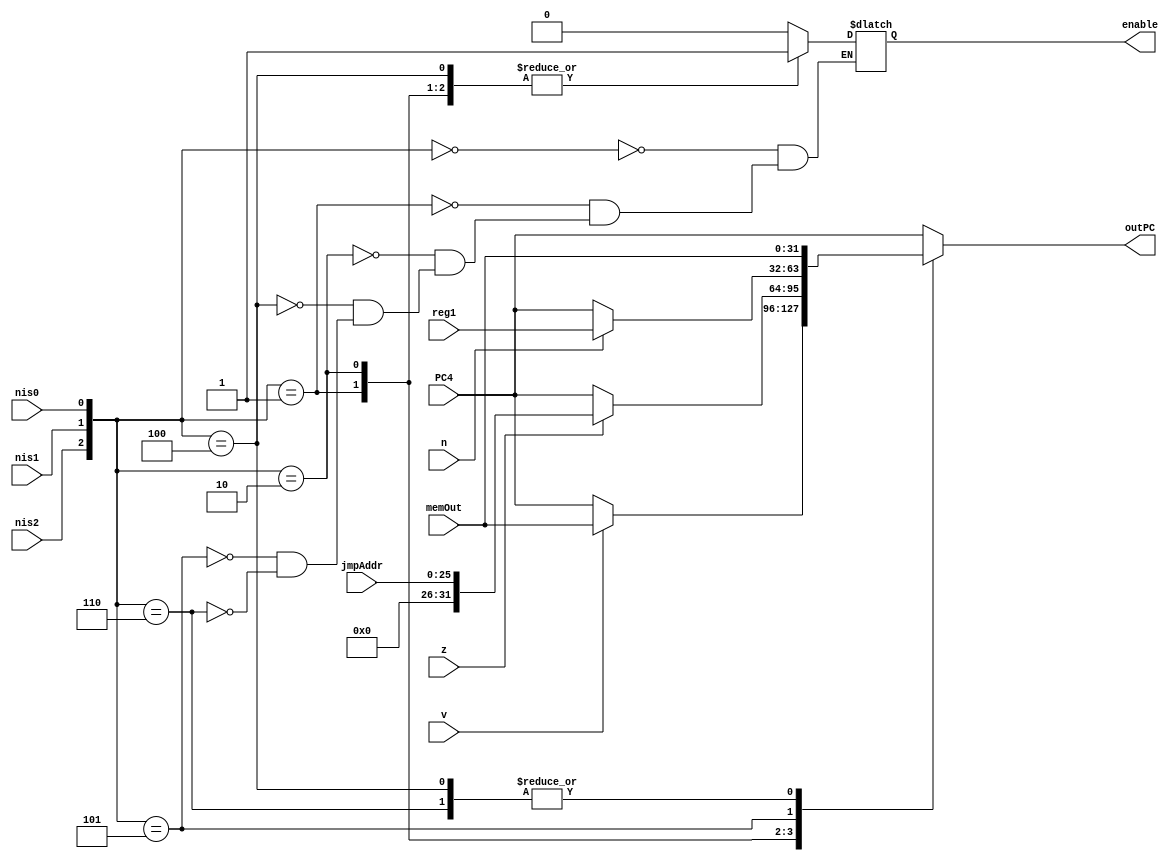
module jBrControl(outPC, enable, PC4, memOut, reg1, jmpAddr, nis0, nis1, nis2, n, z, v);
input [31:0] memOut, PC4, reg1;
input[25:0] jmpAddr;
input nis0, nis1, nis2, n, z, v;
output [31:0] outPC;
output enable;

reg [31:0] outPC;
reg enable;
wire [2:0] nis_check;

assign nis_check = {nis2, nis1, nis0};

always @ (*)
begin
	case(nis_check)
		3'b000: // no instruction go to next program counter
			begin
			outPC = PC4;
			enable = 0;
			end
		3'b001: // bmv instruction is active
			begin
			outPC = v ? memOut : PC4;
			enable = 1;
			end
		3'b010: // bz instruction is active
			begin
			outPC= z ? jmpAddr : PC4;
			enable = 1;
			end
		3'b100: // jsp instruction is active
			begin
			outPC = memOut;
			enable = 1;
			end
		3'b101: // balrn instruction is active
			begin
			outPC = n ? reg1 : PC4;
			enable = 1;
			end
        	3'b110: // jmadd instruction is active
			begin
			outPC = memOut;
			enable = 1;
			end
		default: outPC = PC4;
	endcase
end
endmodule